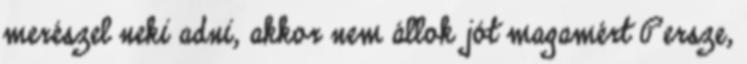
merészel neki adni, akkor nem állok jót magamért Persze,